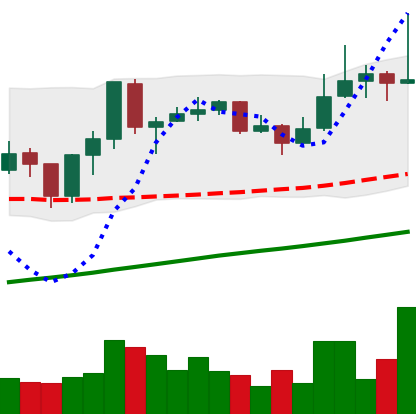
Ticker: ADA-USD
Chart end date: 2019-06-26
Forward return: -13.425%
Label: down_7plus